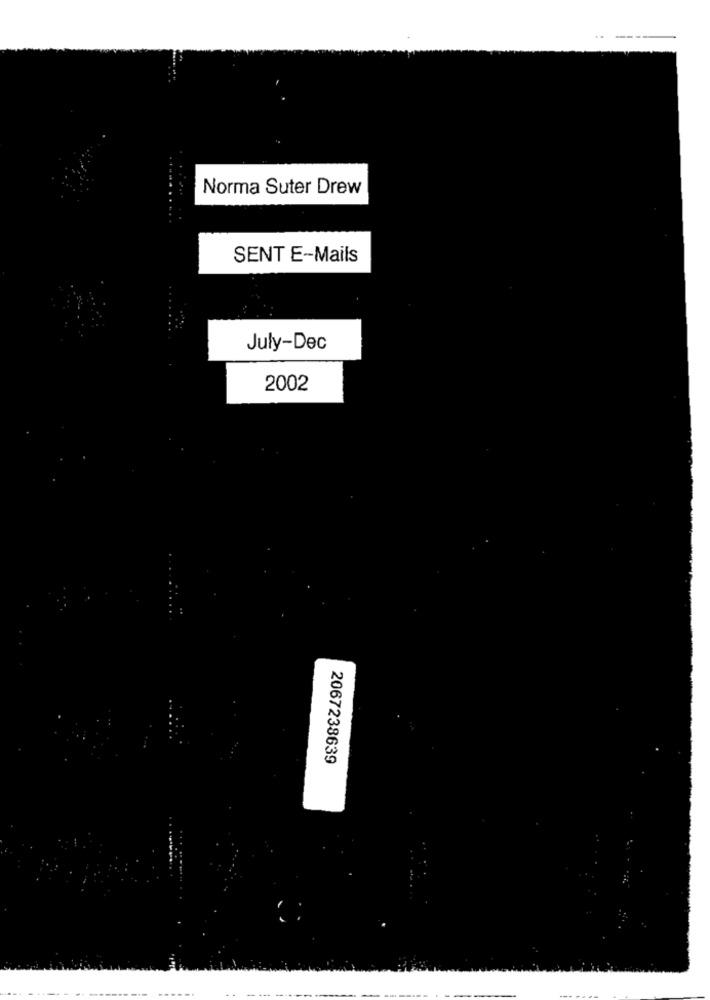
Norma Suter Drew
SENT E-Mails
July-Dec
2002
2067238639